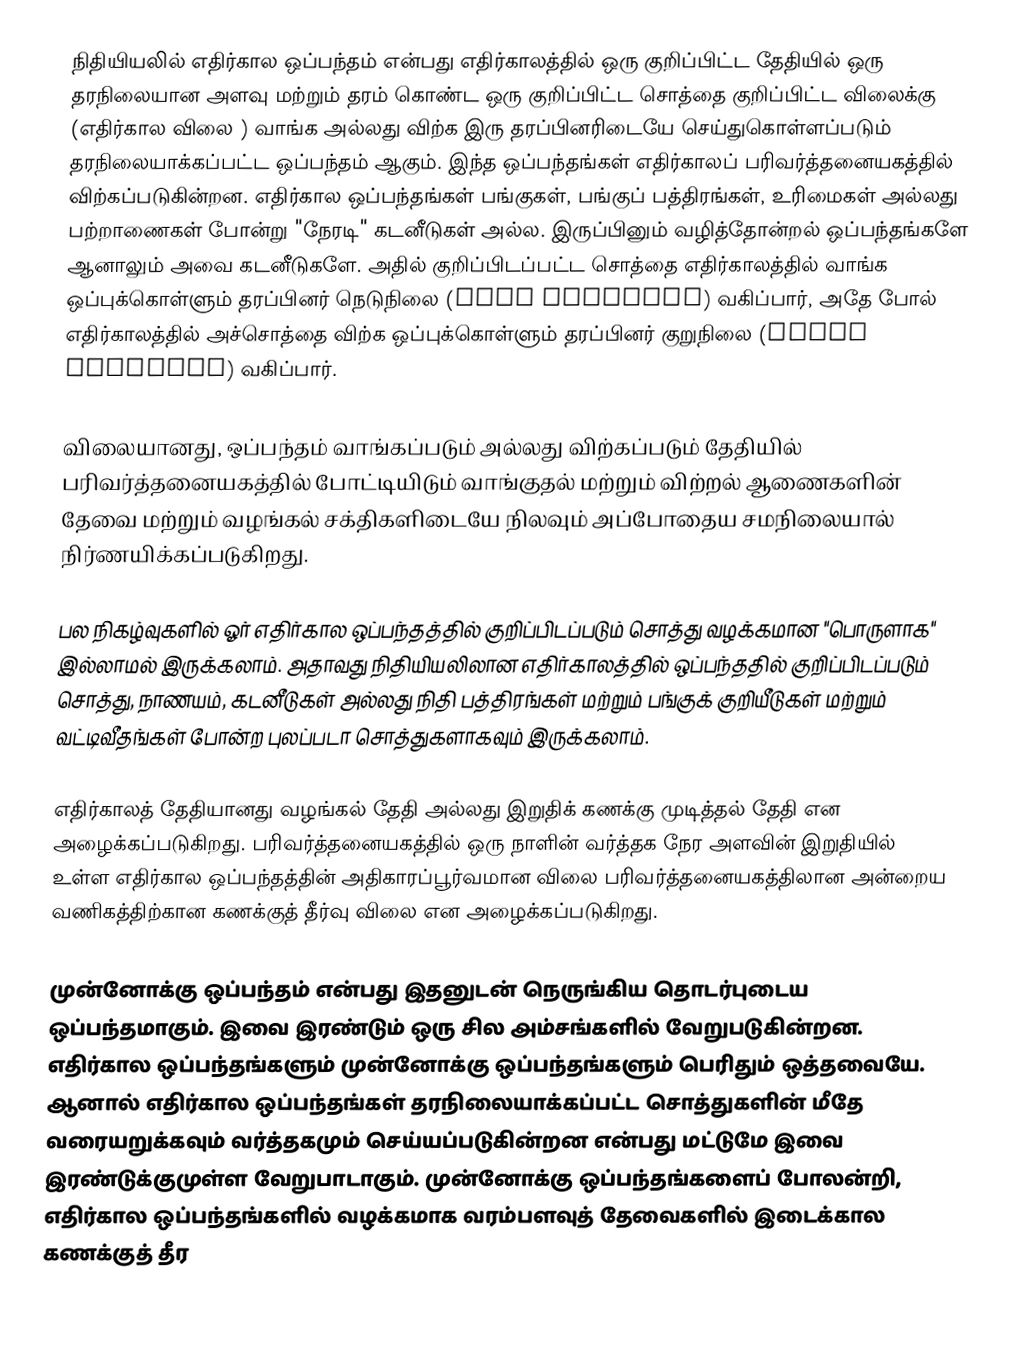
நிதியியலில் எதிர்கால ஒப்பந்தம்  என்பது எதிர்காலத்தில் ஒரு குறிப்பிட்ட தேதியில் ஒரு தரநிலையான அளவு மற்றும் தரம் கொண்ட ஒரு குறிப்பிட்ட சொத்தை குறிப்பிட்ட விலைக்கு  (எதிர்கால விலை ) வாங்க அல்லது விற்க இரு தரப்பினரிடையே செய்துகொள்ளப்படும் தரநிலையாக்கப்பட்ட ஒப்பந்தம் ஆகும். இந்த ஒப்பந்தங்கள் எதிர்காலப் பரிவர்த்தனையகத்தில் விற்கப்படுகின்றன. எதிர்கால ஒப்பந்தங்கள் பங்குகள், பங்குப் பத்திரங்கள், உரிமைகள் அல்லது பற்றாணைகள் போன்று "நேரடி" கடனீடுகள் அல்ல. இருப்பினும் வழித்தோன்றல் ஒப்பந்தங்களே ஆனாலும் அவை கடனீடுகளே. அதில் குறிப்பிடப்பட்ட சொத்தை எதிர்காலத்தில் வாங்க ஒப்புக்கொள்ளும் தரப்பினர் நெடுநிலை (long position) வகிப்பார், அதே போல் எதிர்காலத்தில் அச்சொத்தை விற்க ஒப்புக்கொள்ளும் தரப்பினர் குறுநிலை (short position) வகிப்பார்.

விலையானது, ஒப்பந்தம் வாங்கப்படும் அல்லது விற்கப்படும் தேதியில் பரிவர்த்தனையகத்தில் போட்டியிடும் வாங்குதல் மற்றும் விற்றல் ஆணைகளின் தேவை மற்றும் வழங்கல் சக்திகளிடையே நிலவும் அப்போதைய சமநிலையால் நிர்ணயிக்கப்படுகிறது.

பல நிகழ்வுகளில் ஓர் எதிர்கால ஒப்பந்தத்தில் குறிப்பிடப்படும் சொத்து வழக்கமான "பொருளாக" இல்லாமல் இருக்கலாம். அதாவது நிதியியலிலான எதிர்காலத்தில்  ஒப்பந்ததில் குறிப்பிடப்படும் சொத்து, நாணயம், கடனீடுகள் அல்லது நிதி பத்திரங்கள் மற்றும் பங்குக் குறியீடுகள் மற்றும் வட்டிவீதங்கள் போன்ற புலப்படா சொத்துகளாகவும் இருக்கலாம்.

எதிர்காலத் தேதியானது வழங்கல் தேதி அல்லது இறுதிக் கணக்கு முடித்தல் தேதி  என அழைக்கப்படுகிறது. பரிவர்த்தனையகத்தில் ஒரு நாளின் வர்த்தக நேர அளவின் இறுதியில் உள்ள எதிர்கால ஒப்பந்தத்தின் அதிகாரப்பூர்வமான விலை பரிவர்த்தனையகத்திலான அன்றைய வணிகத்திற்கான கணக்குத் தீர்வு விலை  என அழைக்கப்படுகிறது.

முன்னோக்கு ஒப்பந்தம் என்பது இதனுடன் நெருங்கிய தொடர்புடைய ஒப்பந்தமாகும். இவை இரண்டும் ஒரு சில அம்சங்களில் வேறுபடுகின்றன. எதிர்கால ஒப்பந்தங்களும் முன்னோக்கு ஒப்பந்தங்களும் பெரிதும் ஒத்தவையே. ஆனால் எதிர்கால ஒப்பந்தங்கள் தரநிலையாக்கப்பட்ட சொத்துகளின் மீதே வரையறுக்கவும் வர்த்தகமும் செய்யப்படுகின்றன என்பது மட்டுமே இவை இரண்டுக்குமுள்ள வேறுபாடாகும். முன்னோக்கு ஒப்பந்தங்களைப் போலன்றி, எதிர்கால ஒப்பந்தங்களில் வழக்கமாக வரம்பளவுத் தேவைகளில் இடைக்கால கணக்குத் தீர